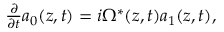
\begin{array} { r } { \frac { \partial } { \partial t } a _ { 0 } ( z , t ) = i \Omega ^ { * } ( z , t ) a _ { 1 } ( z , t ) , } \end{array}